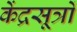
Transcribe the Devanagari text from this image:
केंद्रसूत्रों